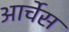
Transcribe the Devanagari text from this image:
आर्चेस